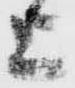
上